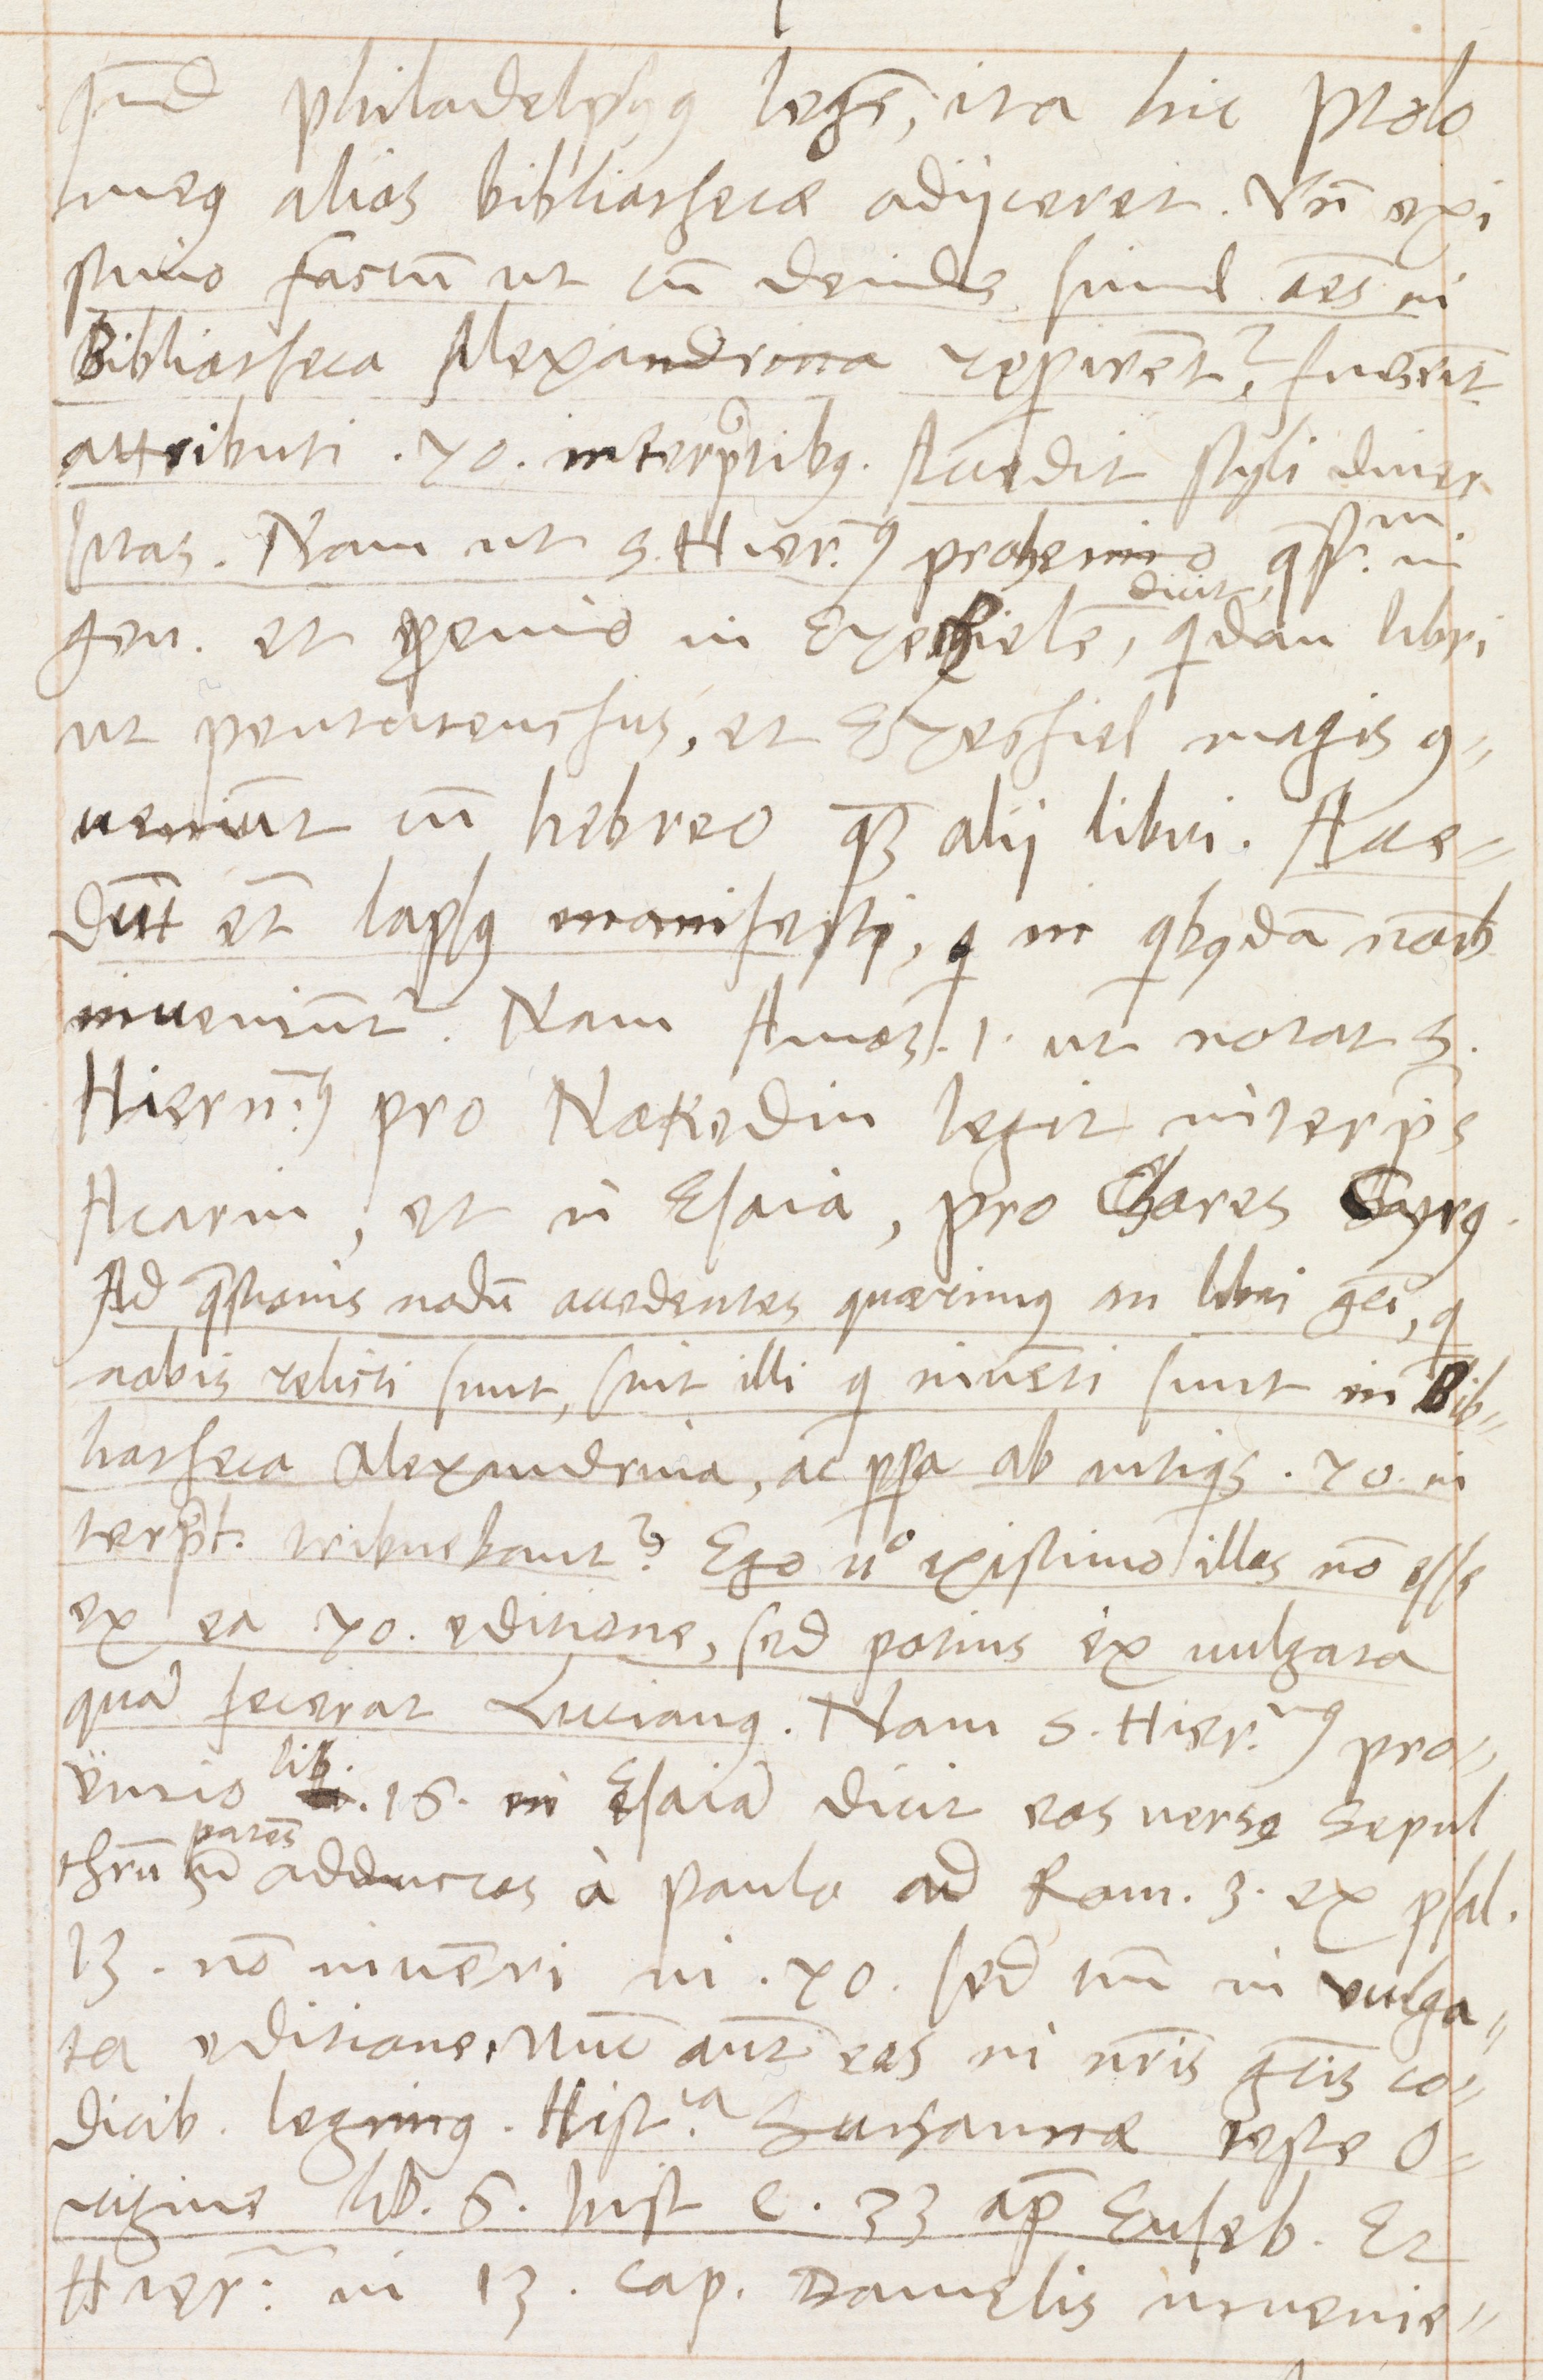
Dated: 1570–1570